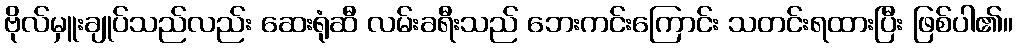
ဗိုလ်မှူးချုပ်သည်လည်း ဆေးရုံဆီ လမ်းခရီးသည် ဘေးကင်းကြောင်း သတင်းရထားပြီး ဖြစ်ပါ၏။